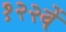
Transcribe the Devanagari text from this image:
१२२वें